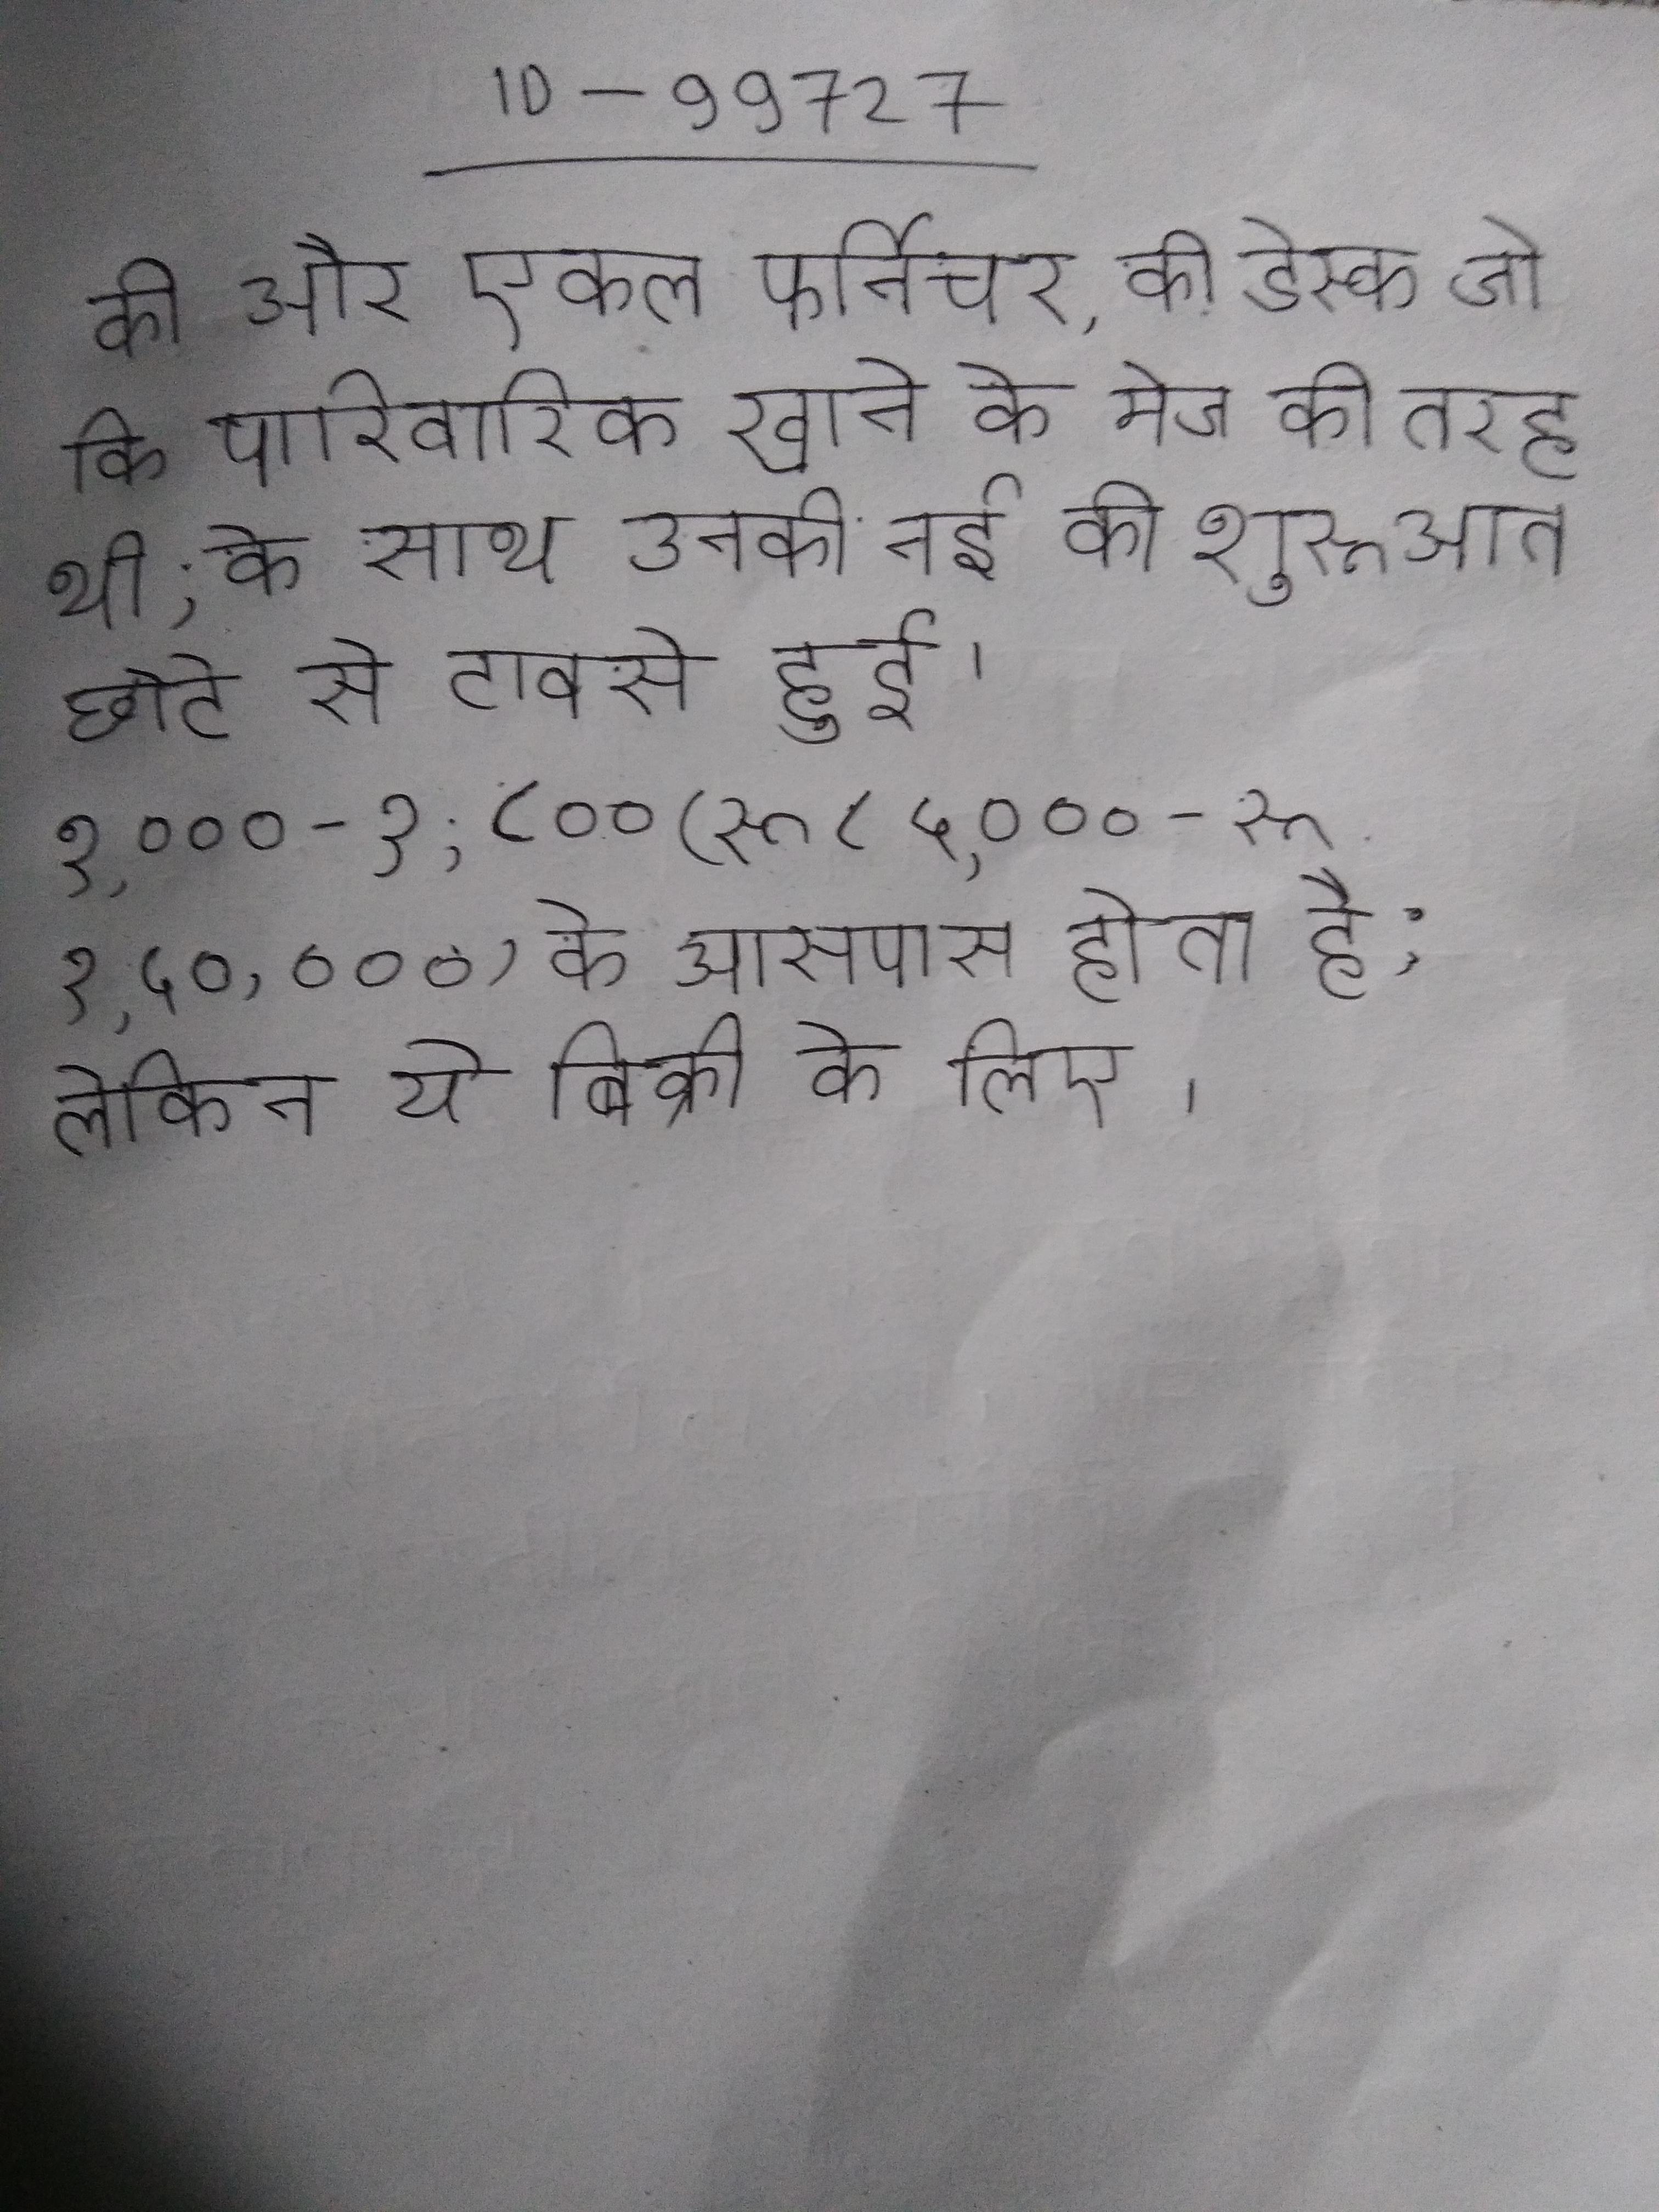
की और एकल फर्निचर, की डेस्क जो कि पारिवारिक खाने के मेज की तरह थी, के साथ उनकी नई की शुरूआत छोटे से टावर्स हुई । १,०००-१,८०० (रू ८५,००० - रू १,५०,०००) के आसपास होता है; लेकिन ये बिक्री के लिए ।